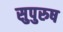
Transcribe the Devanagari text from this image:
सुपुरुष